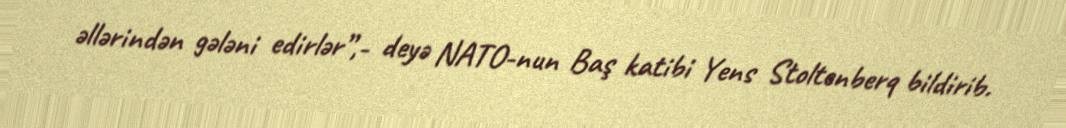
əllərindən gələni edirlər”,- deyə NATO-nun Baş katibi Yens Stoltenberq bildirib.